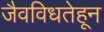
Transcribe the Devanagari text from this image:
जैवविधतेहून